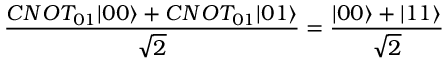
\frac { C N O T _ { 0 1 } | 0 0 \rangle + C N O T _ { 0 1 } | 0 1 \rangle } { \sqrt { 2 } } = \frac { | 0 0 \rangle + | 1 1 \rangle } { \sqrt { 2 } }